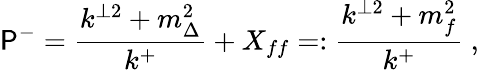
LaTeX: \mathsf{P}^{-}=\frac{{k^{\perp2}+m_{\Delta}^{2}}}{{k^{+}}}+X_{ff}=:\frac{{k^{\perp2}+m_{f}^{2}}}{{k^{+}}}\; ,